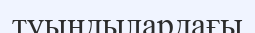
туындылардағы